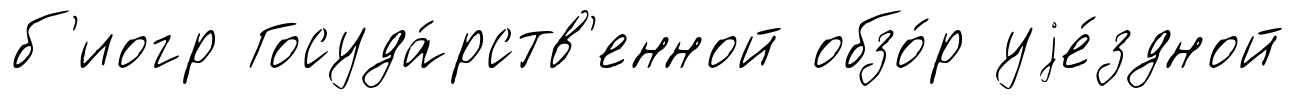
б'иогр Госуда́рств'енной обзо́р уjе́здной